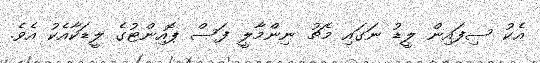
އެކު ސިފައިން ލީޑު ނަގައި މެޗު ނިންމާލީ ފަސް ޕޮއިންޓުގެ ލީޑަކާއެކު އެވެ.